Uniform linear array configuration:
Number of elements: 4
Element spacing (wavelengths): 0.75
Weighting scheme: blackman
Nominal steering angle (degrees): -30
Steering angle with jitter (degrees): -28.087
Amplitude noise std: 0.05
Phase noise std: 0.05

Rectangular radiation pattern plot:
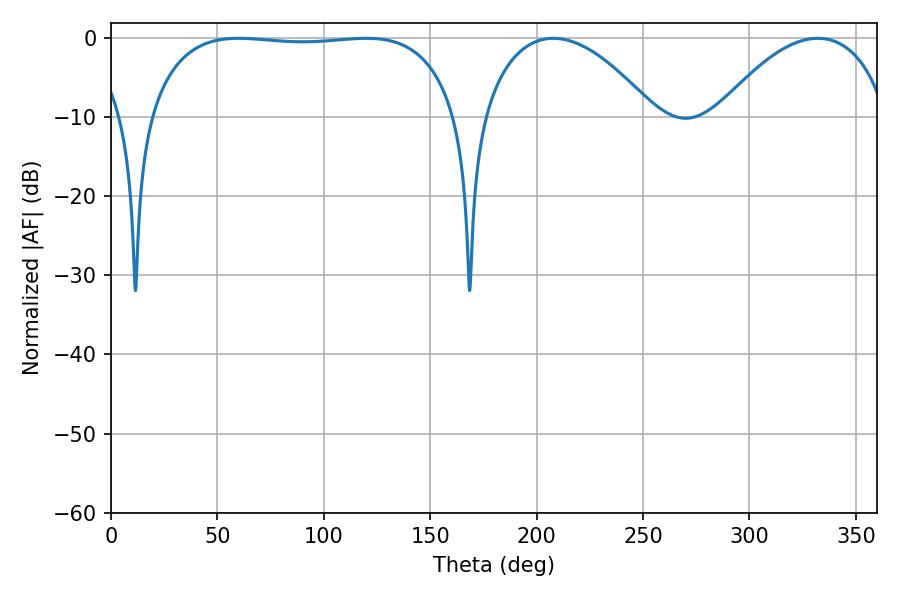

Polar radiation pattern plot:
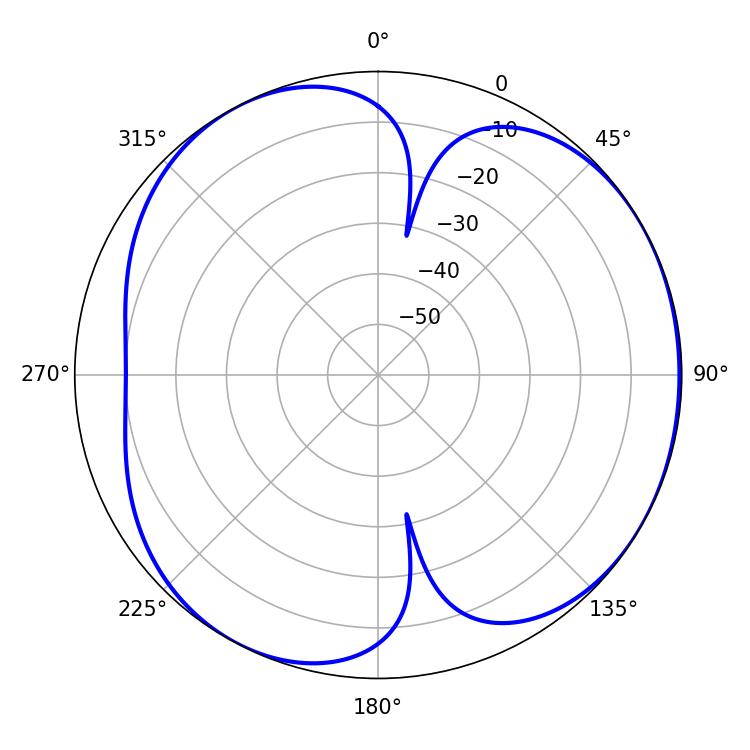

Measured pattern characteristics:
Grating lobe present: TRUE
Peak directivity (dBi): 4.479
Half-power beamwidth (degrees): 115.56
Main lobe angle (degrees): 59.94